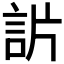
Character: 𧦓